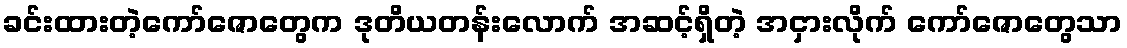
ခင်းထားတဲ့ကော်ဇောတွေက ဒုတိယတန်းလောက် အဆင့်ရှိတဲ့ အငှားလိုက် ကော်ဇောတွေသာ